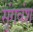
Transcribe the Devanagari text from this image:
सुंगवंश